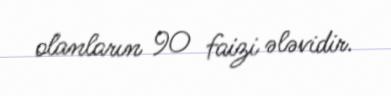
olanların 90 faizi ələvidir.